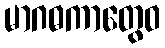
မာဂဓကာတွေဝ